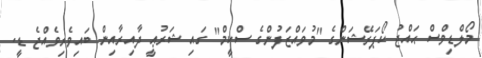
މޯލްޑިވްސް ޙައްޖު ކޯޕަރޭޝަންގެ "މުވައްޒަފުންގެ ސްކީމް" ގައި ޝަރުޢީ ދާއިރާއިން ބައިވެރިވެއްޖެ ޑީ.